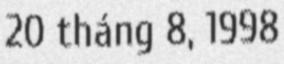
20 tháng 8, 1998